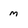
Character: m